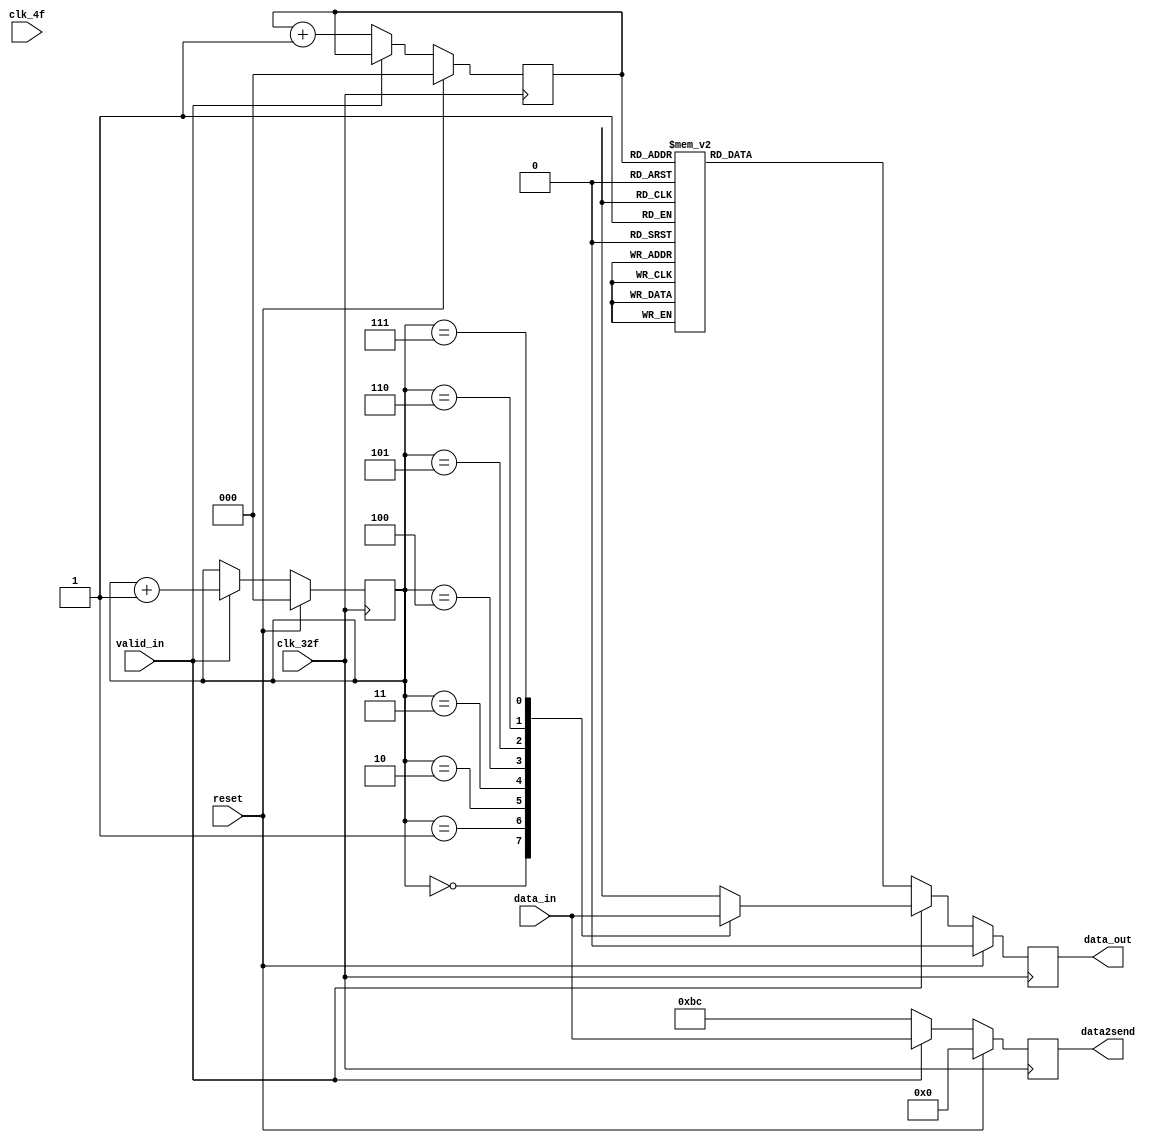
module paralelo_serial
(
    input clk_4f,
    input clk_32f,
    input [7:0] data_in,
    input valid_in,
    input reset,
    output reg [7:0] data2send,
    output reg data_out
);
reg [2:0] selector1;
reg [2:0] selector2;
    /*always @(posedge clk_4f) 
    begin
        if (reset == 0) 
        begin
            if(valid_in == 1) 
            begin
                data2send <= data_in;
            end
            else 
            begin
                data2send <= 8'hBC;
            end
        end
        
        else 
        begin
            data2send <= 8'h00;
        end
    end*/

    always @(posedge clk_32f) 
    begin
        if (reset == 0) 
        begin
            if(valid_in == 1) 
            begin
                selector1 <= 0;
                data2send <= data_in;
                case (selector1)
                    0: data_out <= data_in[7];
                    1: data_out <= data_in[6];
                    2: data_out <= data_in[5];
                    3: data_out <= data_in[4];
                    4: data_out <= data_in[3];
                    5: data_out <= data_in[2];
                    6: data_out <= data_in[1];
                    7: 
                    begin
                        data_out <= data_in[0];
                        selector1 <= 0;
                    end
                endcase
                selector1 <= selector1 + 1;
            end
            else 
            begin
                selector2 <= 0;
                data2send <= 8'hBC;
                case (selector2)
                    0: data_out <= 1;
                    1: data_out <= 0;
                    2: data_out <= 1;
                    3: data_out <= 1;
                    4: data_out <= 1;
                    5: data_out <= 1;
                    6: data_out <= 0;
                    7: 
                    begin
                        data_out <= 0;
                        selector2 <= 0;
                    end
                endcase
                selector2 <= selector2 + 1;
            end
        end
        
        else 
        begin
            data_out <= 8'h00;
            {selector1, selector2} <= 0;
            data2send <= 8'h00;
        end
    end
endmodule